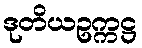
ဒုတိယဥက္ကဋ္ဌ